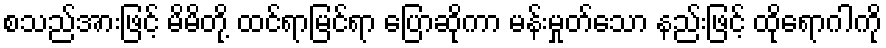
စသည်အားဖြင့် မိမိတို့ ထင်ရာမြင်ရာ ပြောဆိုကာ မန်းမှုတ်သော နည်းဖြင့် ထိုရောဂါကို